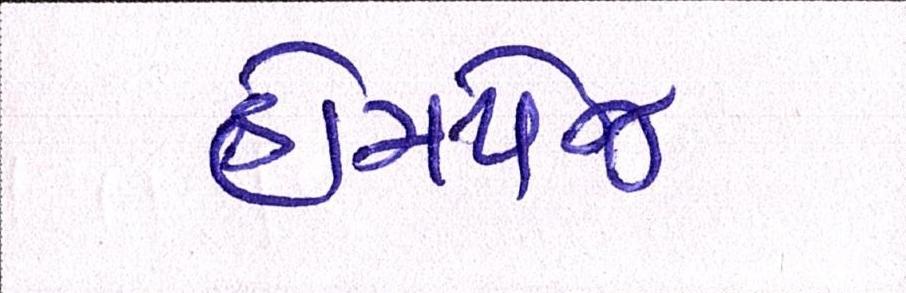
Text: હોમપેજ